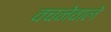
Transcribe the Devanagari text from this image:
वचनेवाले